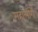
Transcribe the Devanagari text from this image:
महालींगे